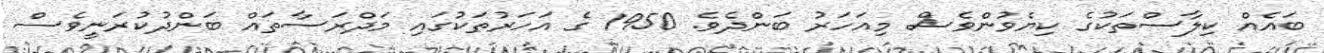
ބައެއް ކިލާސްތަކުގެ ކިޔެވުންވެސް މިއަހަރު ބަންދެވެ. 1950 ގެ އަހަރުތަކުގައި މަދްރަސާތައް ބަންދުކުރަނީވެސް